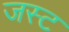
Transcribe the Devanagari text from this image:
जस्‍ट